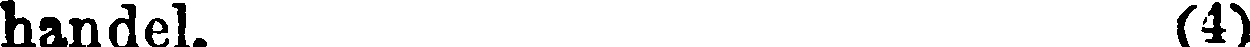
handel. (4)